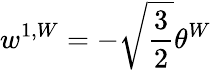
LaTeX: w^{1,W}=-\sqrt{\frac{3}{2}}\theta^{W}